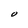
Character: O